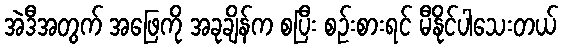
အဲဒီအတွက် အဖြေကို အခုချိန်က စပြီး စဉ်းစားရင် မီနိုင်ပါသေးတယ်